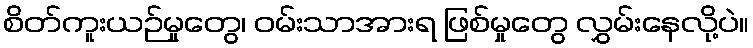
စိတ်ကူးယဉ်မှုတွေ၊ ဝမ်းသာအားရ ဖြစ်မှုတွေ လွှမ်းနေလို့ပဲ။